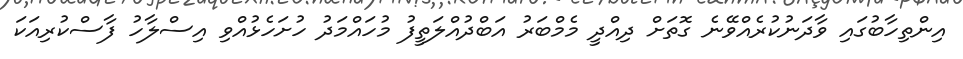
އިންތިހާބުގައި ވާދަނުކުރެއްވޭނެ ގޮތަށް ދިއްދީ މެމްބަރު އަބްދުއްލަތީފު މުހައްމަދު ހުށަހެޅުއްވި އިސްލާހު ފާސްކުރިއަކަ